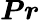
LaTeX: \boldsymbol{Pr}